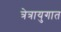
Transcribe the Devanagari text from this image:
त्रेत्रायुगात